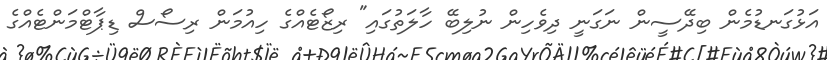
އަޅުގަނޑުމެން ބިދޭސީން ނަގަނީ ދިވެހިން ނުލިބޭ ހާލަތުގައި" ރިޒޯޓެއްގެ ހިއުމަން ރިސޯސް ޑިޕާޓްމަންޓެއްގެ